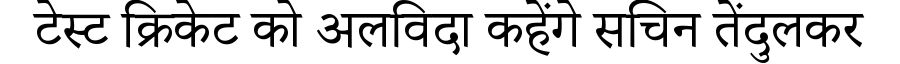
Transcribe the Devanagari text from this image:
टेस्ट क्रिकेट को अलविदा कहेंगे सचिन तेंदुलकर